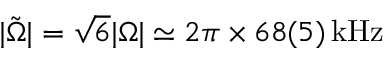
| \tilde { \Omega } | = \sqrt { 6 } | \Omega | \simeq 2 \pi \times 6 8 ( 5 ) \, \mathrm { k H z }